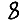
Digit: 8